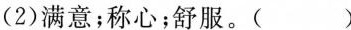
(2)满意；称心；舒服。()